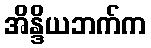
အိန္ဒိယဘက်က